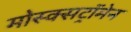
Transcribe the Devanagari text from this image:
मोस्क्सट्रॉमेन